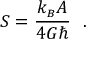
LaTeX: S = { \frac { k _ { \scriptscriptstyle B } A } { 4 G \hbar } } \ \ .